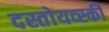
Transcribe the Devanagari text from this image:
दस्तोयव्स्की